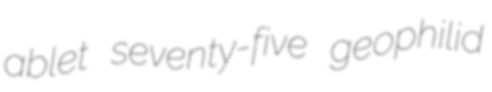
ablet seventy-five geophilid